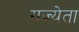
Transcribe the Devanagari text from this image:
गज़्येता